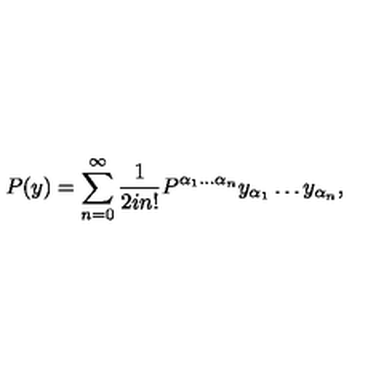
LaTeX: P ( y ) = \sum _ { n = 0 } ^ { \infty } \frac { 1 } { 2 i n ! } P ^ { \alpha _ { 1 } \ldots \alpha _ { n } } y _ { \alpha _ { 1 } } \ldots y _ { \alpha _ { n } } ,